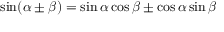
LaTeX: \sin ( \alpha \pm \beta ) = \sin \alpha \cos \beta \pm \cos \alpha \sin \beta